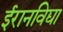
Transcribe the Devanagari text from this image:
ईरानविद्या